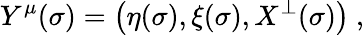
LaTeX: Y^{\mu}(\sigma)=\left(\eta(\sigma),\xi(\sigma),X^{\bot}(\sigma)\right)\ ,